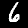
Digit: 6